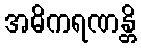
အဓိကရဏန္တိ